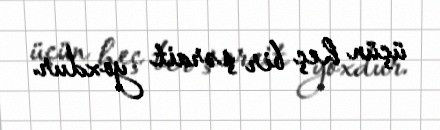
üçün heç bir şərait yoxdur.